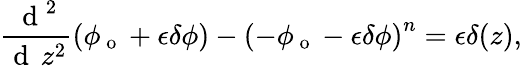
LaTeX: \frac{\mathrm{~d~}^{2}}{\mathrm{~d~}\, z^{2}}\left(\phi_{\mathrm{~o~}}+\epsilon\delta\phi\right)-\left(-\phi_{\mathrm{~o~}}-\epsilon\delta\phi\right)^{n}=\epsilon\delta(z),